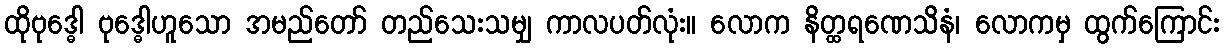
ထိုဗုဒ္ဓေါ ဗုဒ္ဓေါဟူသော အမည်တော် တည်သေးသမျှ ကာလပတ်လုံး။ လောက နိတ္ထရဏေသိနံ၊ လောကမှ ထွက်ကြောင်း